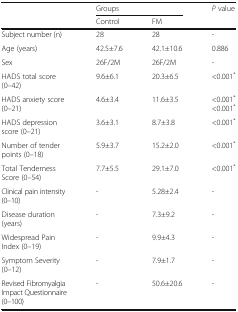
| <ROWSPAN=2>  | <COLSPAN=2> Groups | P value |
 | Control | FM |  |
 | --- | --- | --- | --- |
 | Subject number (n) | 28 | 28 | - |
 | Age (years) | 42.5±7.6 | 42.1±10.6 | 0.886 |
 | Sex | 26F/2M | 26F/2M | - |
 | HADS total score (0–42) | 9.6±6.1 | 20.3±6.5 | <0.001* |
 | HADS anxiety score (0–21) | 4.6±3.4 | 11.6±3.5 | <0.001*<0.001* |
 | HADS depression score (0–21) | 3.6±3.1 | 8.7±3.8 | <0.001* |
 | Number of tender points (0–18) | 5.9±3.7 | 15.2±2.0 | <0.001* |
 | Total Tenderness Score (0–54) | 7.7±5.5 | 29.1±7.0 | <0.001* |
 | Clinical pain intensity (0–10) | - | 5.28±2.4 | - |
 | Disease duration (years) | - | 7.3±9.2 | - |
 | Widespread Pain Index (0–19) | - | 9.9±4.3 | - |
 | Symptom Severity (0–12) | - | 7.9±1.7 | - |
 | Revised Fibromyalgia Impact Questionnaire (0–100) | - | 50.6±20.6 | - |